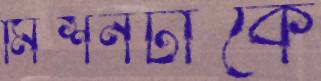
মিশনটাকে